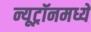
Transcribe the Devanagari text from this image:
न्यूट्रॉनमध्ये